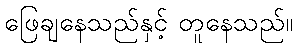
ဖြေချနေသည်နှင့် တူနေသည်။